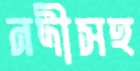
নদীসহ